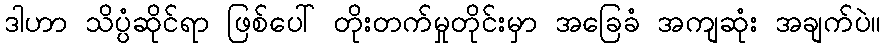
ဒါဟာ သိပ္ပံဆိုင်ရာ ဖြစ်ပေါ် တိုးတက်မှုတိုင်းမှာ အခြေခံ အကျဆုံး အချက်ပဲ။